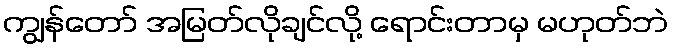
ကျွန်တော် အမြတ်လိုချင်လို့ ရောင်းတာမှ မဟုတ်ဘဲ